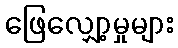
ဖြေလျှော့မှုများ